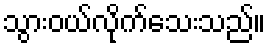
သွားဝယ်လိုက်သေးသည်။